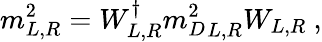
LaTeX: {m}_{L,R}^{2}=W_{L,R}^{\dagger}{{m}_{D}^{2}}_{L,R}W_{L,R}\ ,